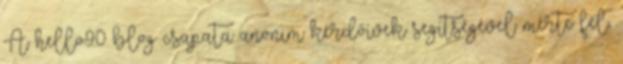
A hello90 blog csapata anonim kérdőívek segítségével mérte fel,